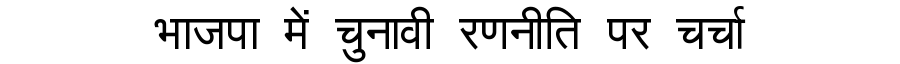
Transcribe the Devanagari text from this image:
भाजपा में चुनावी रणनीति पर चर्चा